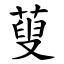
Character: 蓃